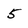
Character: 5